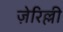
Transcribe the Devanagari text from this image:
ज़ेरिल्ली